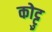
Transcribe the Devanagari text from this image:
कोट्टु